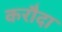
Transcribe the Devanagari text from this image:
करौदा